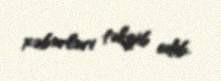
xəbərləri təkzib edib.